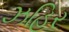
ઝહિર